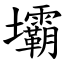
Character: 壩